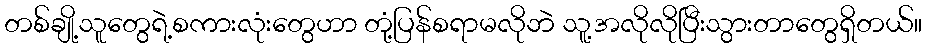
တစ်ချို့သူတွေရဲ့စကားလုံးတွေဟာ တုံ့ပြန်စရာမလိုဘဲ သူ့အလိုလိုပြီးသွားတာတွေရှိတယ်။